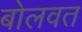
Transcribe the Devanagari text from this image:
बोलवत